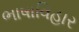
ભાષાવિહાર